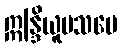
ဣန္ဒြိယူပသမေ